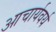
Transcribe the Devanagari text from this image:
आचार्यवर्य